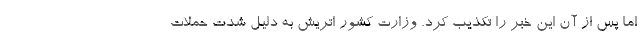
اما پس از آن این خبر را تکذیب کرد. وزارت کشور اتریش به دلیل شدت حملات